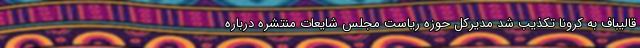
قالیباف به کرونا تکذیب شد مدیرکل حوزه ریاست مجلس شایعات منتشره درباره